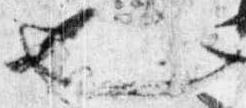
也